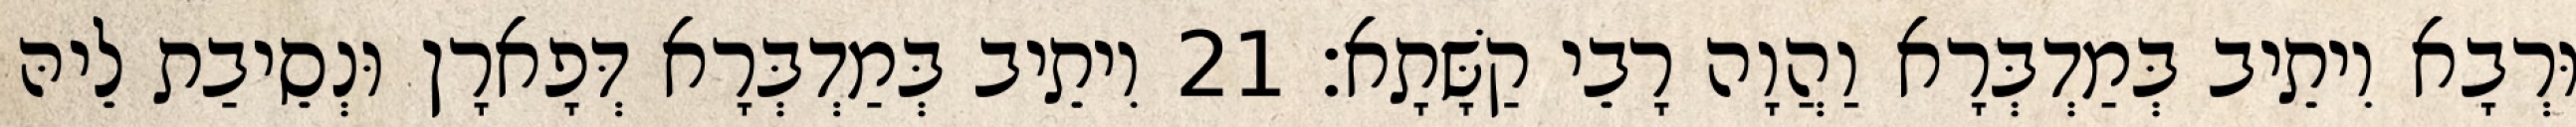
וּרְבָא וִיתֵיב בְּמַדְבְּרָא וַהֲוָה רָבֵי קַשָּׁתָא׃ 21 וִיתֵיב בְּמַדְבְּרָא דְּפָארָן וּנְסֵיבַת לֵיהּ